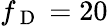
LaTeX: f_{\mathrm{~D~}}=20